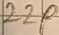
Text: 22P